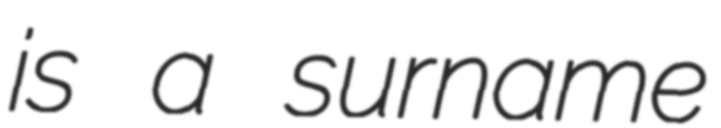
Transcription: is a surname